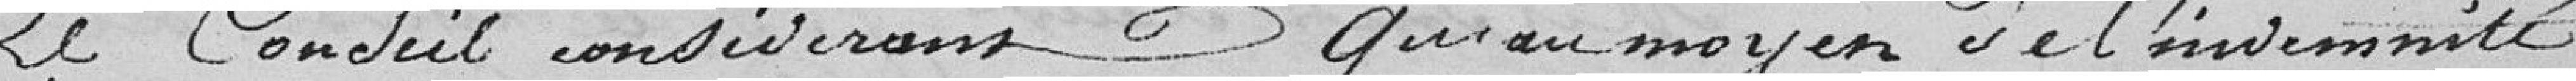
Le Conseil considérant qu'au moyen de l'indemnité